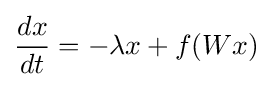
{\frac {dx}{dt}}=-\lambda x+f(Wx)